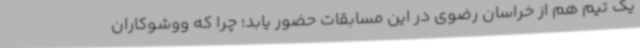
یک تیم هم از خراسان رضوی در این مسابقات حضور یابد؛ چرا که ووشوکاران